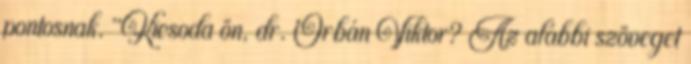
pontosnak. "Kicsoda ön, dr. Orbán Viktor? Az alábbi szöveget